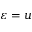
\varepsilon = u